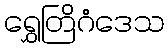
ရွှေတြိဂံဒေသ